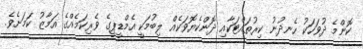
ކޮންމެ ދުވަހަކު ހެނދުނު ކިރުތައްޓަކާއި ދޮންކެޔޮވަކެއް ލިބުމަކީ އެމްޑީޕީގެ ވެރިކަމެއްގެ އަމާޒު ކަމަށެވެ.